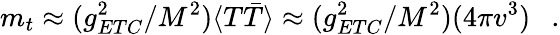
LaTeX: m_{t}\approx(g_{ETC}^{2}/M^{2})\langle T\bar{T}\rangle\approx(g_{ETC}^{2}/M^{2})(4\pi v^{3})\ \ \ .